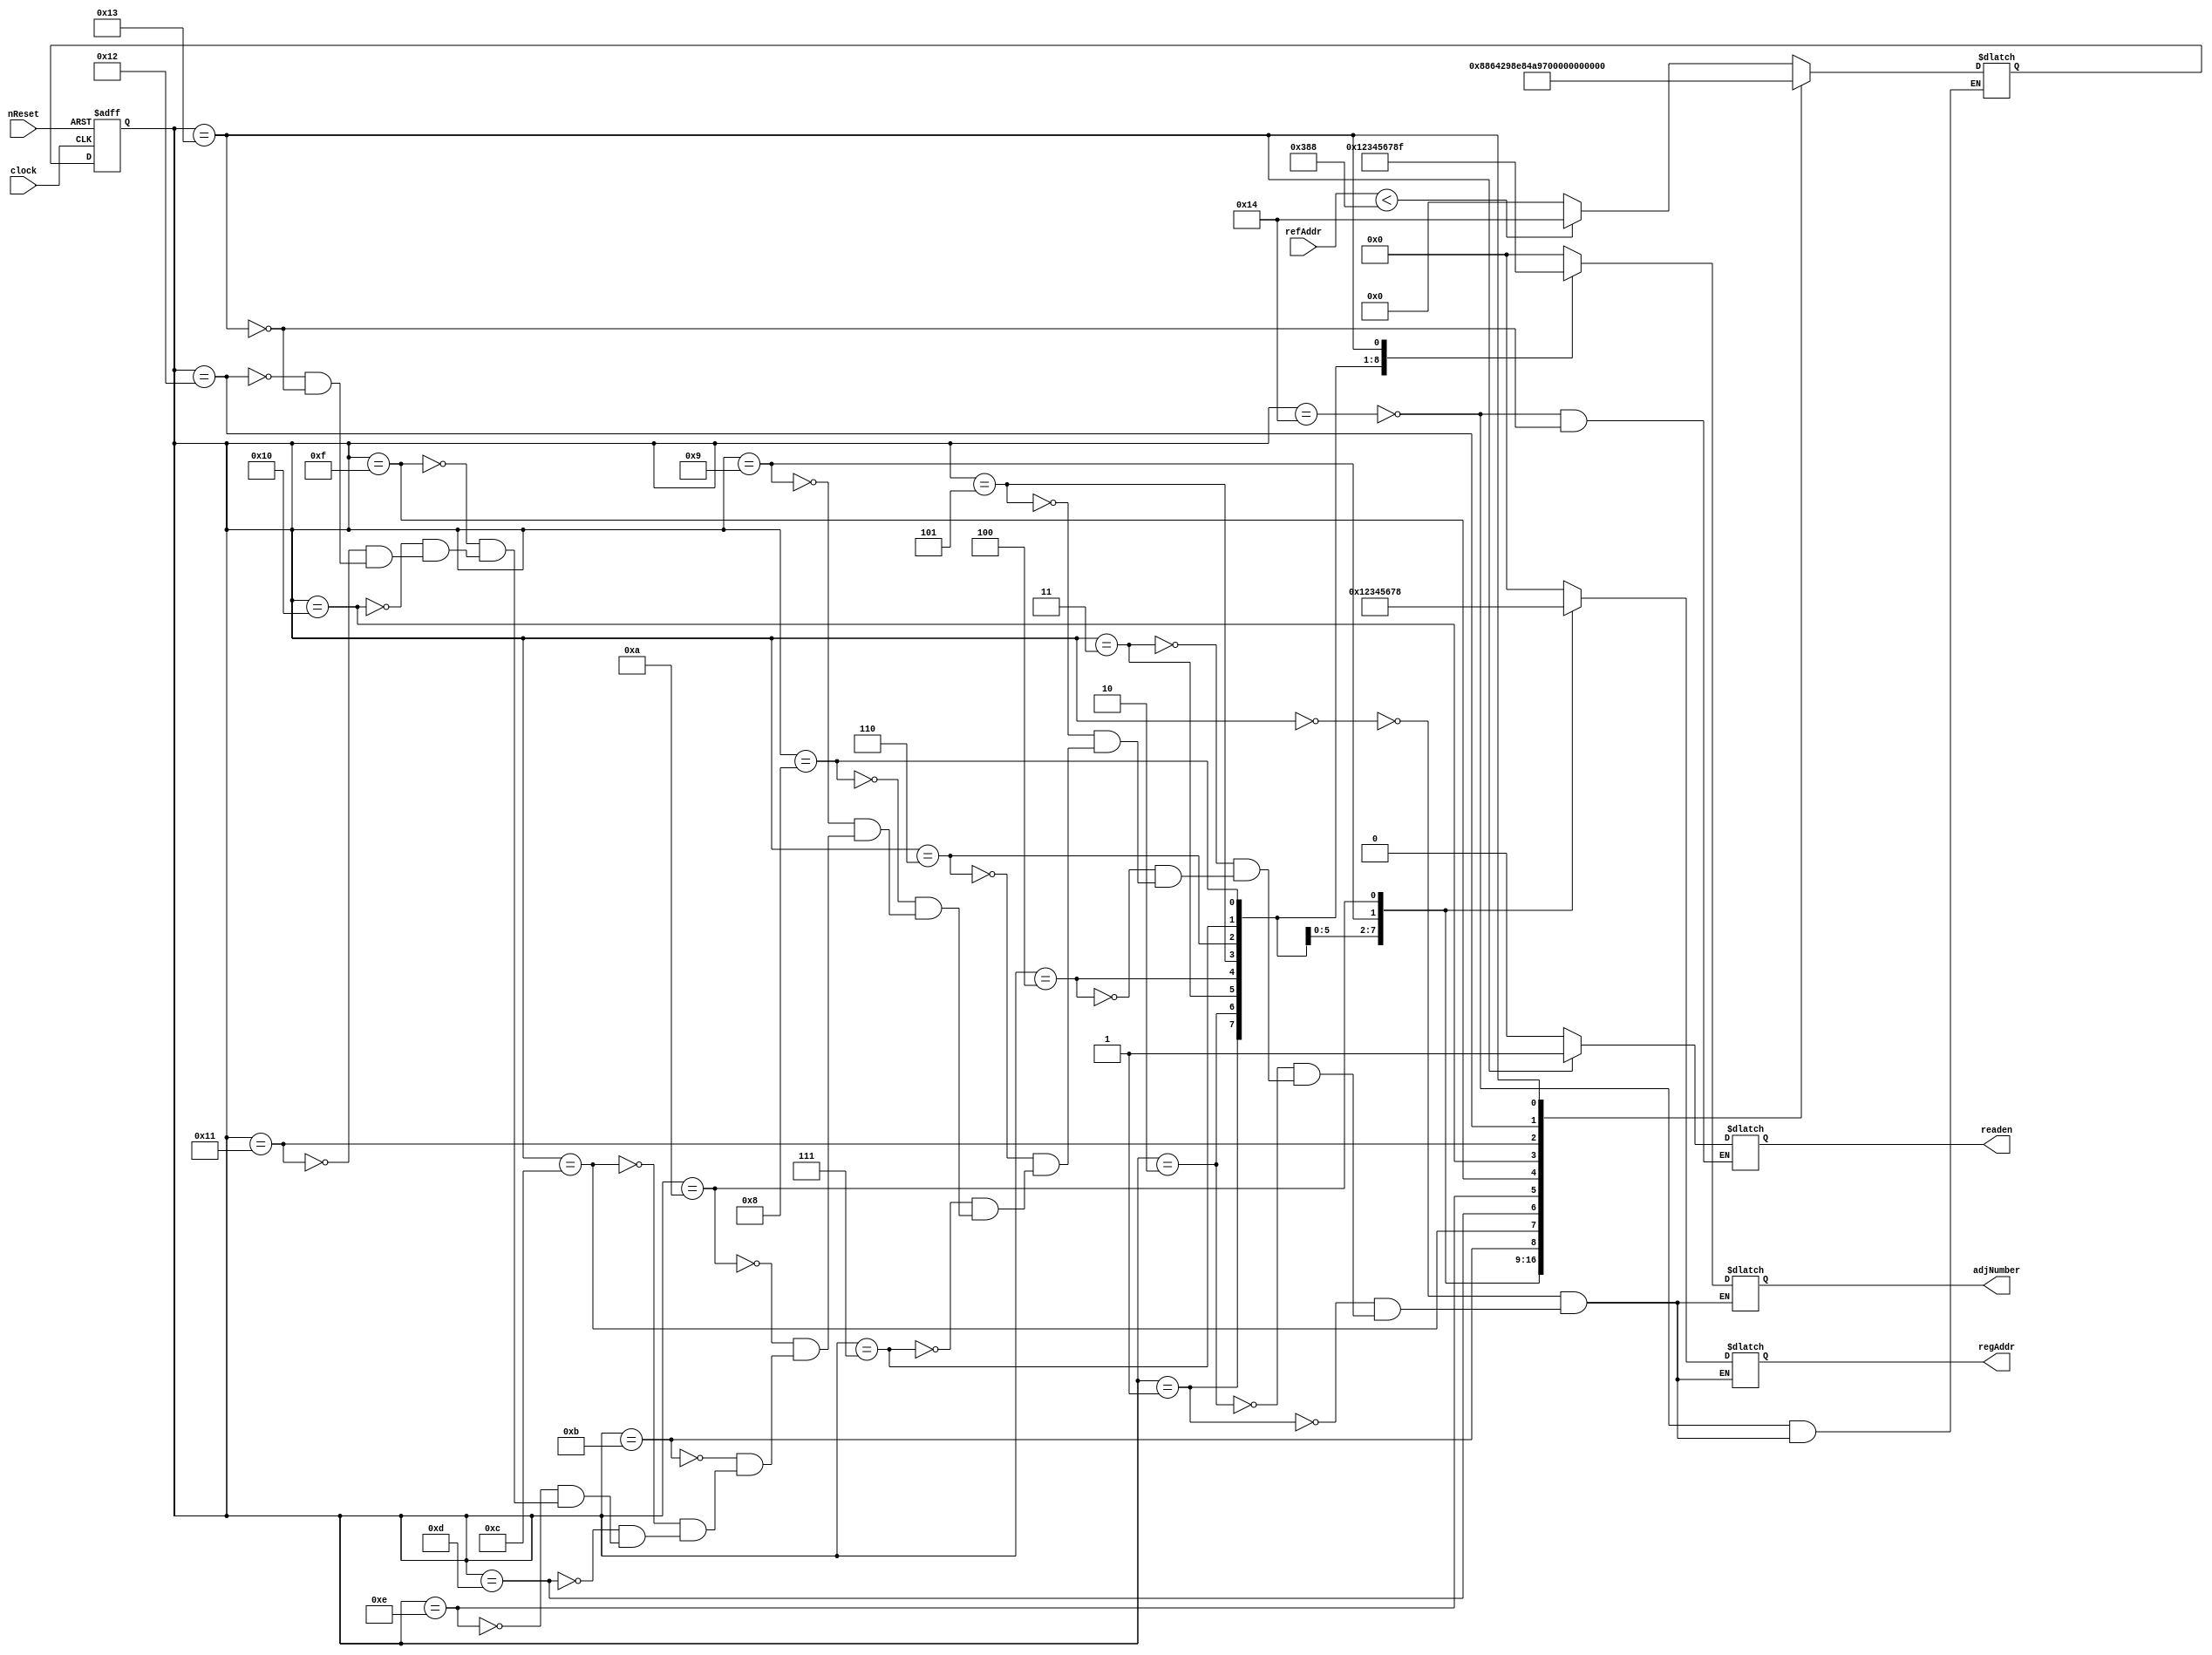
`define INIT 5'd20
`define S0 5'd0
`define S1 5'd1
`define S2 5'd2
`define S3 5'd3
`define S4 5'd4
`define S5 5'd5
`define S6 5'd6
`define S7 5'd7
`define S8 5'd8
`define S9 5'd9
`define S10 5'd10
`define S11 5'd11
`define S12 5'd12
`define S13 5'd13
`define S14 5'd14
`define S15 5'd15
`define S16 5'd16
`define S17 5'd17
`define S18 5'd18
`define S19 5'd19

module NMS_Controller (clock, nReset, refAddr, adjNumber, regAddr, readen);
	input clock;
	input nReset;
	input [14:0] refAddr; //  
	output [3:0] adjNumber; //  8  
	output [3:0] regAddr; //  
	output readen; // datapath   
	
	reg [3:0] adjNumber; // 8  Index
	reg [3:0] regAddr; //  
	reg readen; // Datapath     enable 
	
	reg [4:0] curState, nextState; //  
	
	//       
	always @(posedge clock or negedge nReset) begin
		if (!nReset)
			curState <= `INIT;
		else
			curState <= nextState;
	end
	
	// FSM
	always @(curState or refAddr) begin
		casex (curState)
			`INIT: begin
				if (refAddr < 15'd904) begin
					nextState = `INIT;
					readen = 1'b0;
				end
				else begin
					nextState = `S0;
					readen = 1'b0;
				end
			end
		
			`S0: begin
				nextState = `S1;
				adjNumber = `S0;
				regAddr = 4'bx;
			end
			
			`S1: begin
				nextState = `S2;
				adjNumber = `S1;
				regAddr = 4'bx;
			end
			
			`S2: begin
				nextState = `S3;
				adjNumber = `S2;
				regAddr = `S0;
			end
			
			`S3: begin
				nextState = `S4;
				adjNumber = `S3;
				regAddr = `S1;
			end
			
			`S4: begin
				nextState = `S5;
				adjNumber = `S4;				
				regAddr = `S2;
			end
			
			`S5: begin
				nextState = `S6;
				adjNumber = `S5;
				regAddr = `S3;
			end
			
			`S6: begin
				nextState = `S7;
				adjNumber = `S6;
				regAddr = `S4;
			end
			
			`S7: begin
				nextState = `S8;
				adjNumber = `S7;
				regAddr = `S5;
			end
			
			`S8: begin
				nextState = `S9;
				adjNumber = `S8;
				regAddr = `S6;
			end
			
			`S9: begin
				nextState = `S10;
				adjNumber = 4'bx;
				regAddr = `S7;
			end
			
			`S10: begin
				nextState = `S11;
				adjNumber = 4'bx;
				regAddr = `S8;
			end
			
			`S11: begin
				nextState = `S12;
				adjNumber = 4'bx;
				regAddr = 4'bx;
			end
			
			`S12: begin
				nextState = `S13;
				adjNumber = 4'bx;
				regAddr = 4'bx;
			end
			
			`S13: begin
				nextState = `S14;
				adjNumber = 4'bx;
				regAddr = 4'bx;
			end
			
			`S14: begin
				nextState = `S15;
				adjNumber = 4'bx;
				regAddr = 4'bx;
			end
			
			`S15: begin
				nextState = `S16;
				adjNumber = 4'bx;
				regAddr = 4'bx;
			end
			
			`S16: begin
				nextState = `S17;
				adjNumber = 4'bx;
				regAddr = 4'bx;
			end
			
			`S17: begin
				nextState = `S18;
				adjNumber = 4'bx;
				regAddr = 4'bx;
			end
			
			`S18: begin
				nextState = `S19;
				adjNumber = 4'bx;
				regAddr = 4'bx;
			end
			
			`S19: begin
				nextState = `INIT;
				adjNumber = 4'd15;
				regAddr = 4'bx;
				readen = 1'b1;
			end
		endcase
	end
endmodule